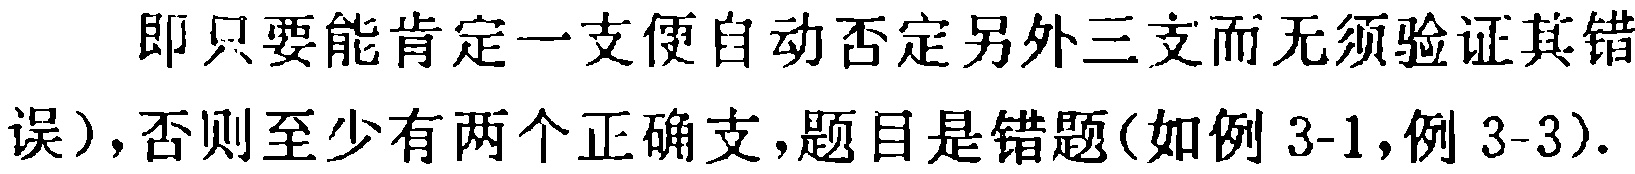
即只要能肯定一支便自动否定另外三支而无须验证其错
误），否则至少有两个正确支，题目是错题（如例3-1，例3-3）.